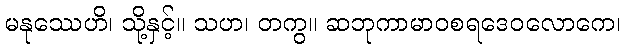
မနုဿေဟိ၊ သို့နှင့်။ သဟ၊ တကွ။ ဆဘုကာမာဝစရဒေဝလောကေ၊